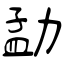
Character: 勐